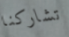
تشاركنا